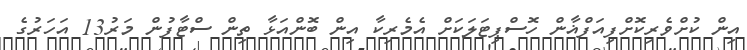
އިން ކުށްވެރިކޮށްފިއަފްޣާން ހޮސްޕިޓަލަކަށް އެމެރިކާ އިން ބޮންއަޅާ ތިން ސްޓާފުން މަރު13 އަހަރުގެ